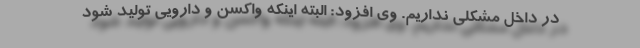
در داخل مشکلی نداریم. وی افزود: البته اینکه واکسن و دارویی تولید شود